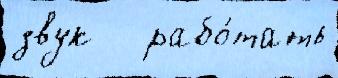
звук   рабо́тать